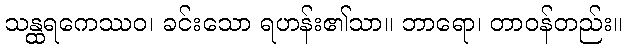
သန္ထရကေဿဝ၊ ခင်းသော ရဟန်း၏သာ။ ဘာရော၊ တာဝန်တည်း။